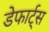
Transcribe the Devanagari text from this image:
डेफार्ट्स